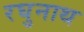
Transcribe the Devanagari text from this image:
रघुनाथ